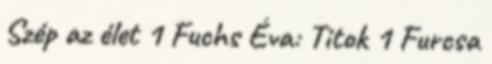
Szép az élet 1 Fuchs Éva: Titok 1 Furcsa